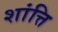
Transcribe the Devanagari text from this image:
शांत्ति